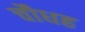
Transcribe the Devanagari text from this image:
चौधह